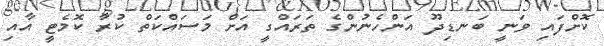
ކޮށްފައި ވަނީ ބަނޑިދޫ އަންހެނުންގެ ތަރައްގީ އަށް މަސައްކަތް ކުރާ ކޮމެޓީ އާއި